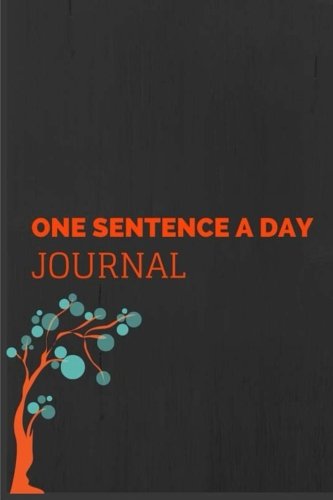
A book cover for One Sentence a Day Journal: 5 Year Sentence Journal; Annie Watts; Literature & Fiction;